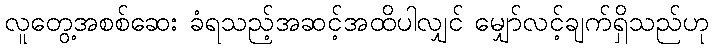
လူတွေ့အစစ်ဆေး ခံရသည့်အဆင့်အထိပါလျှင် မျှော်လင့်ချက်ရှိသည်ဟု